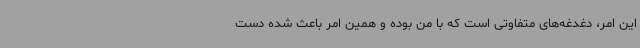
این امر، دغدغه‌های متفاوتی است که با من بوده و همین امر باعث شده دست